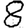
Digit: 8